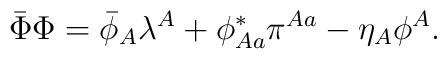
\bar{\Phi}\Phi=\bar{\phi}_A\lambda^A+\phi^*_{Aa}\pi^{Aa}-\eta_A\phi^A.